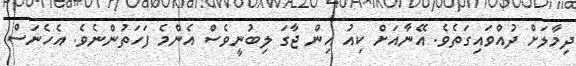
ދިމާލަށް ދުއްވައިގަތެވެ. އޭނާއަށް ކިއު އިން ޖާގަ ލިބުނީވެސް އެންމެ ފަހަތުންނެވެ. އެހެނަސް